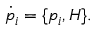
{ \dot { p } } _ { i } = \{ p _ { i } , H \} .